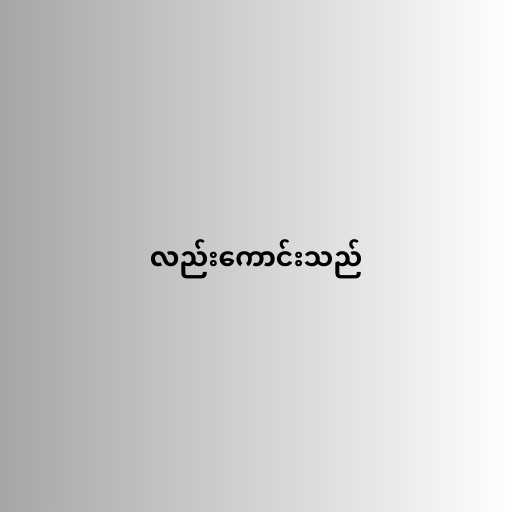
လည်းကောင်းသည်